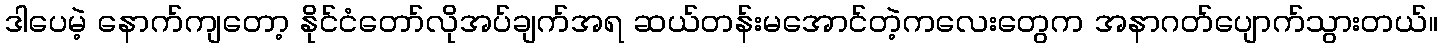
ဒါပေမဲ့ နောက်ကျတော့ နိုင်ငံတော်လိုအပ်ချက်အရ ဆယ်တန်းမအောင်တဲ့ကလေးတွေက အနာဂတ်ပျောက်သွားတယ်။